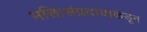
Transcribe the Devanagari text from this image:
भक्तिसंप्रदायाकडून